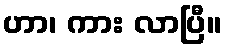
ဟာ၊ ကား လာပြီ။